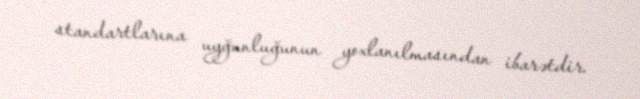
standartlarına uyğunluğunun yoxlanılmasından ibarətdir.